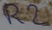
Text: R2